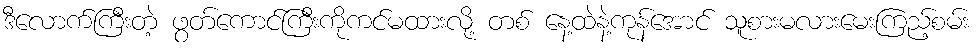
ဒီလောက်ကြီးတဲ့ ဖွတ်ကောင်ကြီးကိုကင်မထားလို့ တစ် နေ့ထဲနဲ့ကုန်အောင် သူစားမလားမေးကြည့်စမ်း